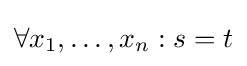
\forall x_{1},\ldots ,x_{n}:s=t